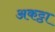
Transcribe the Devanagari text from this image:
अकट्ठा